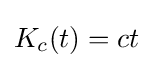
{\textstyle K_{c}(t)=ct}